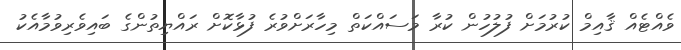
ވެއްޓެއް ޤާއިމް ކުރުމަށް ފުލުހުން ކުރާ މަސައްކަތް މިހާރަށްވުރެ ފުޅާކޮށް ރައްޔިތުންގެ ބައިވެރިވުމާއެކު